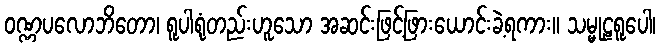
ဝဏ္ဏပလောဘိတော၊ ရူပါရုံတည်းဟူသော အဆင်းဖြင့်ဖြားယောင်းခဲ့ရကား။ သမ္မုဠရူပေါ၊